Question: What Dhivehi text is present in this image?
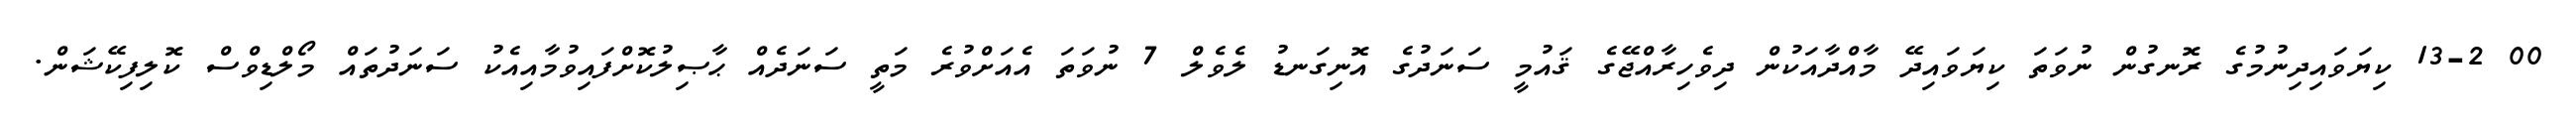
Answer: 00 13-2 ކިޔަވައިދިނުމުގެ ރޮނގުން ނުވަތަ ކިޔަވައިދޭ މާއްދާއަކުން ދިވެހިރާއްޖޭގެ ޤައުމީ ސަނަދުގެ އޮނިގަނޑު ލެވެލް 7 ނުވަތަ އެއަށްވުރެ މަތީ ސަނަދެއް ޙާޞިލުކޮށްފައިވުމާއިއެކު ސަނަދުތައް މޯލްޑިވްސް ކޮލިފިކޭޝަން.